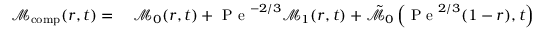
\begin{array} { r l } { \mathcal { M } _ { \mathrm { c o m p } } ( r , t ) = } & { { } \; \mathcal { M } _ { 0 } ( r , t ) + \mathrm { ~ P ~ e ~ } ^ { - 2 / 3 } \mathcal { M } _ { 1 } ( r , t ) + \tilde { \mathcal { M } } _ { 0 } \left( \mathrm { ~ P ~ e ~ } ^ { 2 / 3 } ( 1 - r ) , t \right) + \mathrm { ~ P ~ e ~ } ^ { - 1 / 3 } \tilde { \mathcal { M } } _ { 1 } \left( \mathrm { ~ P ~ e ~ } ^ { 2 / 3 } ( 1 - r ) , t \right) + } \end{array}